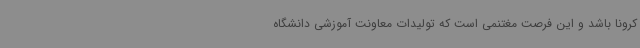
کرونا باشد و این فرصت مغتنمی است که تولیدات معاونت آموزشی دانشگاه